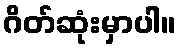
ဂိတ်ဆုံးမှာပါ။